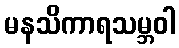
မနသိကာရသမ္ဘဝါ